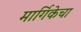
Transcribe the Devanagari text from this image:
मार्गिकेचा